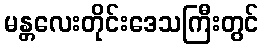
မန္တလေးတိုင်းဒေသကြီးတွင်